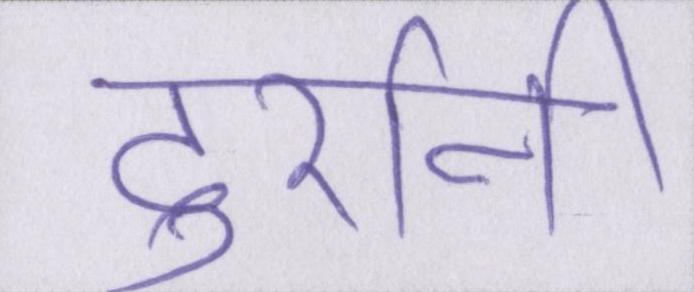
दुर्रानी